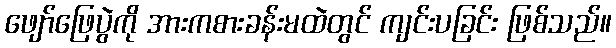
ဖျော်ဖြေပွဲကို အားကစားခန်းမထဲတွင် ကျင်းပခြင်း ဖြစ်သည်။